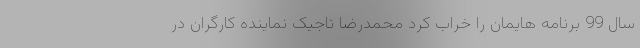
سال 99 برنامه هایمان را خراب کرد محمدرضا تاجیک نماینده کارگران در